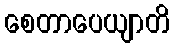
စေတာပေယျာတိ